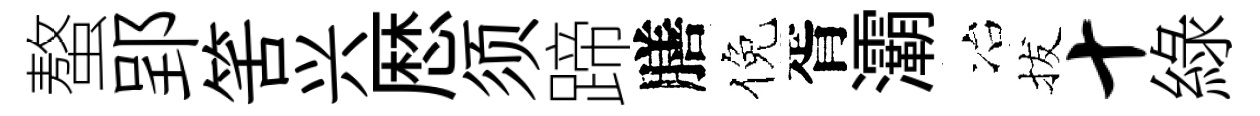
螯郢筈兴厯须蹄膳倪胥灞冶拔十綠